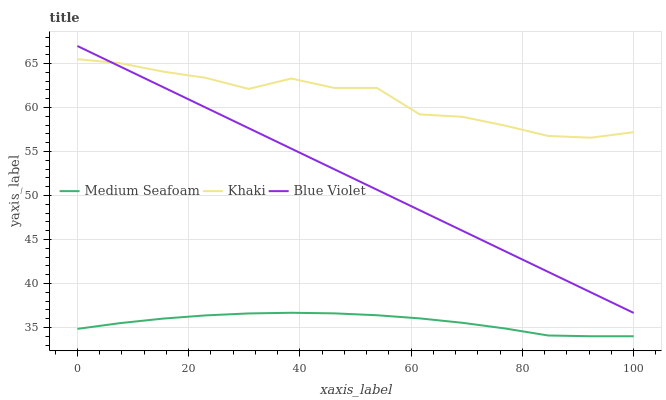
| xaxis_label | Medium Seafoam | Khaki | Blue Violet |
 | --- | --- | --- | --- |
 | 0 | 34.8 | 65.5 | 67 |
 | 7.69 | 35.5 | 65 | 64.7 |
 | 15.4 | 36 | 64.1 | 62.3 |
 | 23.1 | 36.4 | 63.4 | 60 |
 | 30.8 | 36.6 | 62.1 | 57.7 |
 | 38.5 | 36.7 | 63.3 | 55.3 |
 | 46.2 | 36.6 | 62.2 | 53 |
 | 53.8 | 36.4 | 62.2 | 50.7 |
 | 61.5 | 36 | 59.2 | 48.3 |
 | 69.2 | 35.5 | 58.9 | 46 |
 | 76.9 | 34.9 | 57.9 | 43.7 |
 | 84.6 | 34.1 | 56.8 | 41.3 |
 | 92.3 | 34 | 56.6 | 39 |
 | 100 | 34 | 57.2 | 36.7 |